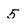
Character: 5